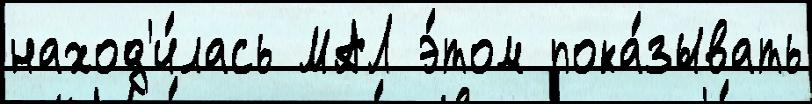
наход'и́лась МАЛ э́том пока́зывать